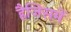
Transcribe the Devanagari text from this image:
हैजिसमें